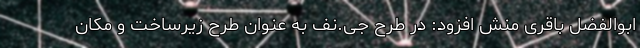
ابوالفضل باقری منش افزود: در طرح جی.نف به عنوان طرح زیرساخت و مکان